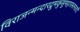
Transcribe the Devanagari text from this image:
विराजन्मन्दारद्रुमकुसुमहारस्तनतटी